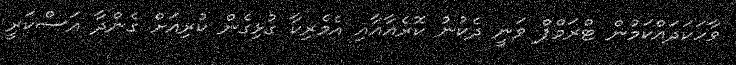
ވާހަކަދައްކަމުން ޓްރަމްޕް ވަނީ ދެކުނު ކޮރެއާއާއި އެމެރިކާ ގުޅިގެން ކުރިއަށް ގެންދާ އަސްކަރީ